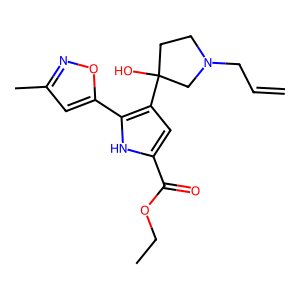
SMILES: C=CCN1CCC(O)(c2cc(C(=O)OCC)[nH]c2-c2cc(C)no2)C1
Inhibits HIV replication: No